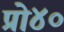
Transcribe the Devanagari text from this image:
प्रो४०